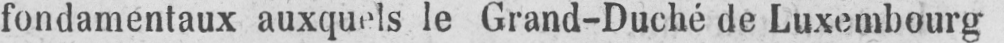
fondamentaux auxquels le Grand-Duché de Luxembourg